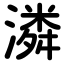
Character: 潾